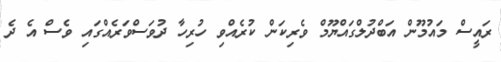
ރައީސް މައުމޫން އަބްދުލްގައްޔޫމް ވެރިކަން ކުރެއްވި ހުރިހާ ދުވަސްވަރެއްގައި ވެސް އެ ދެ